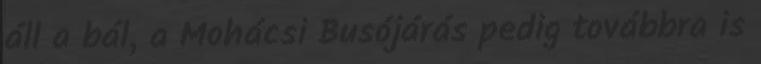
áll a bál, a Mohácsi Busójárás pedig továbbra is